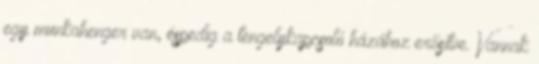
egy munkahenger van, éspedig a tengelykapcsoló házához erősítve. Vannak